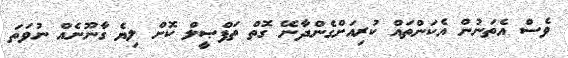
ވެސް އެތަނުން އެކަންތައް ކުރިއަށްގެންދާނޭ ގޮތް ތަފްޞީލް ކޮށް ލިޔެ ގާނޫނެއް ނުވަތަ